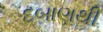
દબાણથી